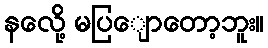
နလေို့ မပြျောတော့ဘူး။